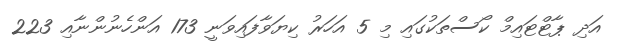
އަދި ޕާޓްޓައިމް ކޯސްތަކުގައި މި 5 އަހަރު ކިޔަވާފައިވަނީ 173 އަންހެނުންނާއި 223